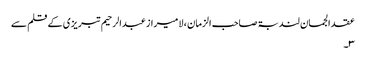
عقد الجمان لندبۃ صاحب الزمان ، لا میراز عبدالرحیم تبریزی کے قلم سے
۳۔